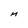
Character: M